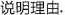
说明理由。